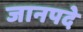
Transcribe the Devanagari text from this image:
जानपदे